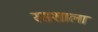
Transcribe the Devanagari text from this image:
रसशाला